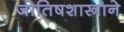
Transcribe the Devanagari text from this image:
जोतिषशास्त्राने